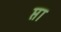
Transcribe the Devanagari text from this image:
प्ता